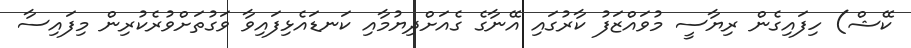
ކޭޝް) ހިފައިގެން ރިޔާސީ މުވައްޒަފު ކާރުގައި އޭނާގެ ގެއަށްދިޔުމާއި ކަނޑައެޅިފައިވާ ވަގުތަށްވުރެކުރިން މިފައިސާ